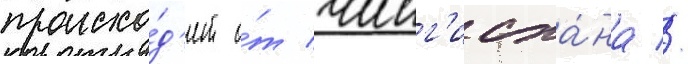
происхо́д'ит о́т чинг'исха́на //